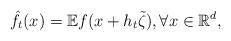
LaTeX: \begin{align*}\hat f_t(x)= \mathbb{E} f(x+h_t \tilde \zeta),\forall x\in\mathbb{R}^d,\end{align*}